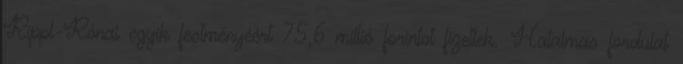
Rippl-Rónai egyik festményéért 75,6 millió forintot fizettek. Hatalmas fordulat